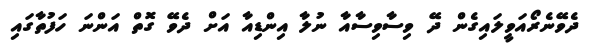
ދެވޭނެރޯއަވީލައިގެން ދޭ ވިސާވިސާއާ ނުލާ އިންޑިއާ އަށް ދެވޭ ގޮތް އަންނަ ހަފުތާގައި